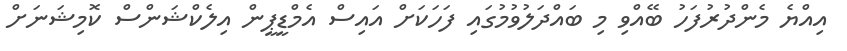
އިއްޔެ މެންދުރުފަހު ބޭއްވި މި ބައްދަލުވުމުގައި ފަހަކަށް އައިސް އެމްޑީޕީން އިލެކްޝަންސް ކޮމިޝަނަށް